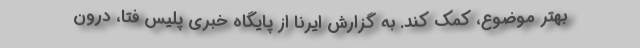
بهتر موضوع، کمک کند. به گزارش ایرنا از پایگاه خبری پلیس فتا، درون